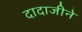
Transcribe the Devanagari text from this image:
दादाजीने